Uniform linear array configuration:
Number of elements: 8
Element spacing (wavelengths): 0.25
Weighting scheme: uniform
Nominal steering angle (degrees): -45
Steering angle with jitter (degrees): -46.053
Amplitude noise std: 0.05
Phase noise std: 0.05

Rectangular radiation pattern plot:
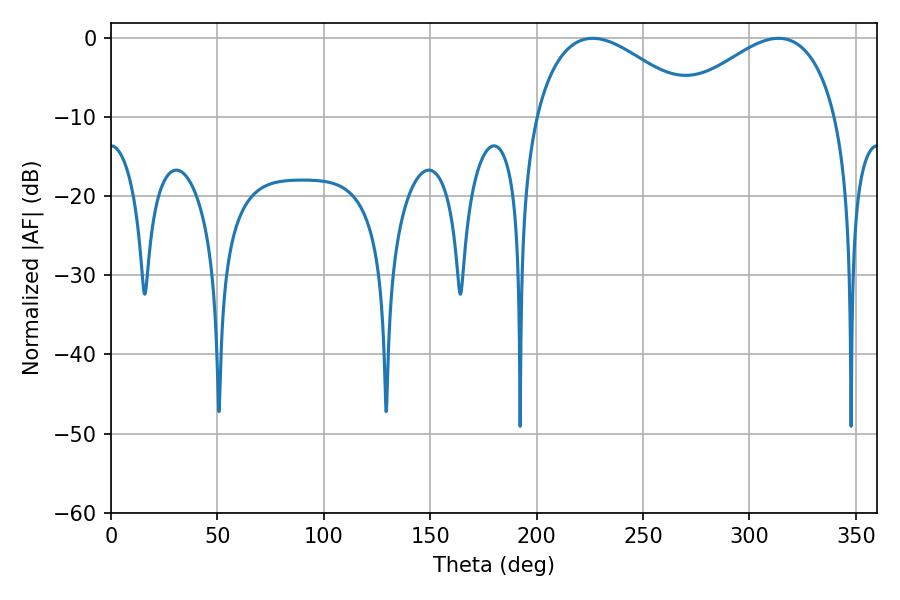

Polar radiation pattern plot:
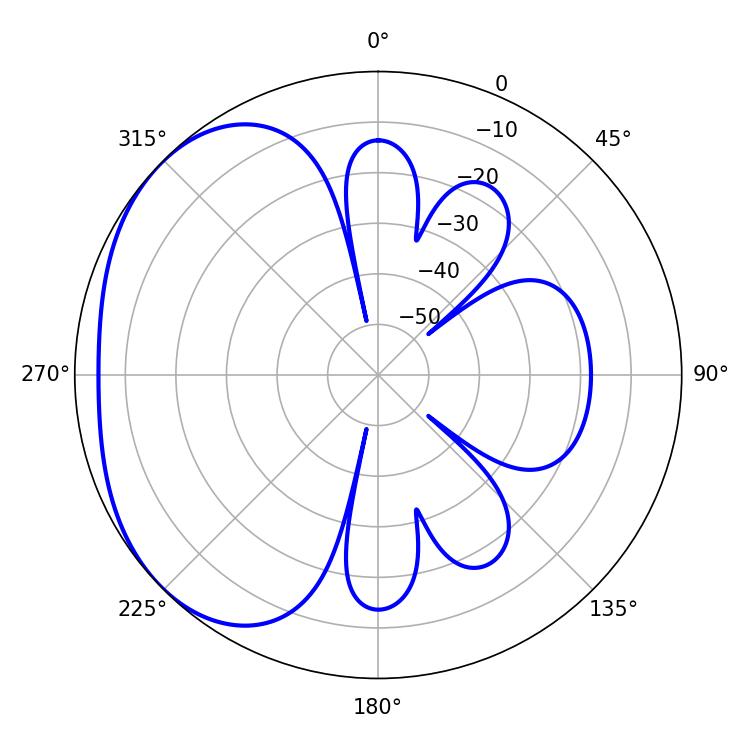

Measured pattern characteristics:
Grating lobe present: FALSE
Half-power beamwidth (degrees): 41.76
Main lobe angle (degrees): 226.26